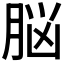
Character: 脳